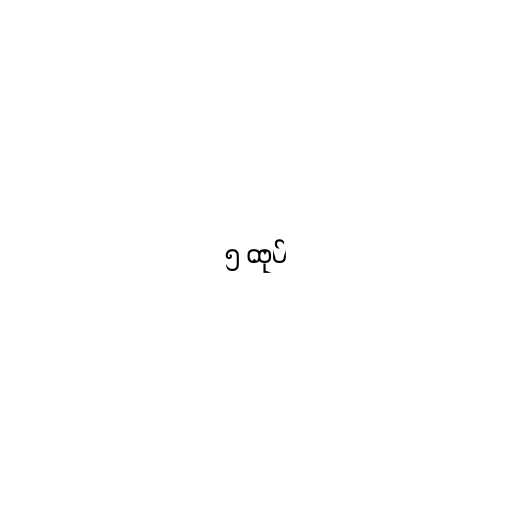
၅ ထုပ်